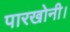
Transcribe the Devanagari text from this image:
पारखोनी।